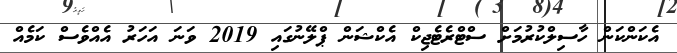
އެކަންކަން ހާސިލްކުރުމަށް ސްޓްރެޓެޖިކް އެކްޝަން ޕްލޭނުގައި 2019 ވަނަ އަހަރު އެއްވެސް ކަމެއް